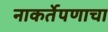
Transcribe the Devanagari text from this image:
नाकर्तेपणाचा